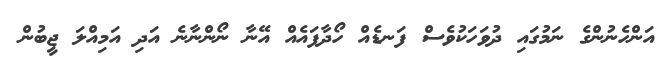
އަންހެނުންގެ ނަމުގައި ދުވަހަކުވެސް ފަނޑެއް ހޯދާފައެއް އޭނާ ނޯންނާނެ އަދި އަމިއްލަ ޖީބުން